Civil Veterinary Department. United Provinces 1932-42 - 1932-1942
Year: 1932
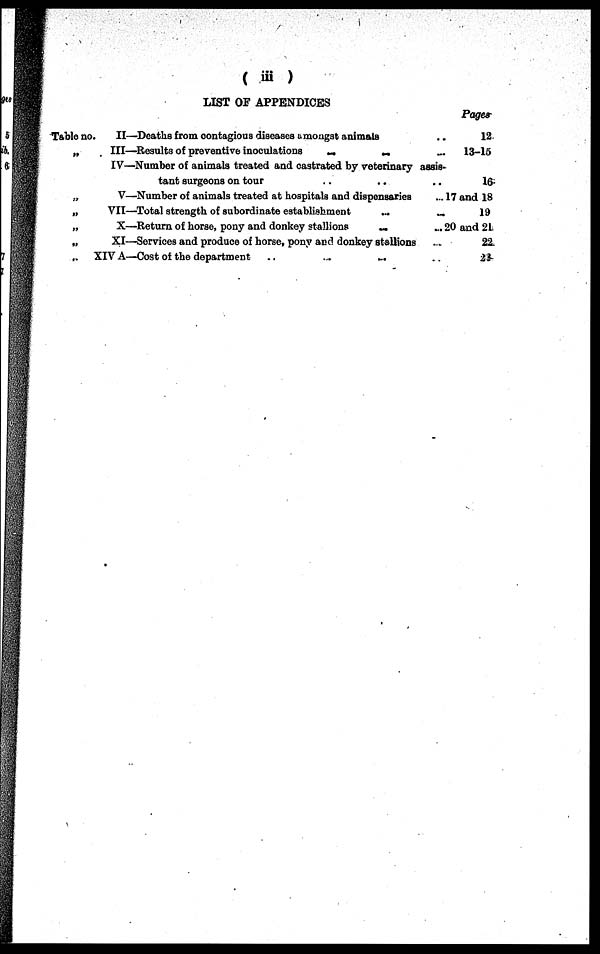
(iii)
Table no.
„
„
„
„
„
„
LIST OF APPENDICES
II—Deaths from contagious diseases amongst animals
III—Results of preventive inoculations
...
...
IV—Number of animals treated and castrated by veterinaryassis-
tant surgeons on tour .. ..
V—Number of animals treated at hospitals and dispensaries
VII—Total strength of subordinate establishment ..
X—Return of horse, pony and donkey stallions
..
XI—Services and produce of horse, pony and donkey stallions
XIV A—Cost of the department ..
...
...
Pages
.. 12
... 13-15
..
16
... 17 and 18
.. 19
... 20 and 21
.. 22
.. 23